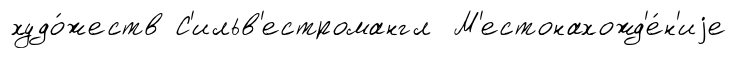
худо́жеств С'ильв'естромангл М'естонахожд'е́н'иjе